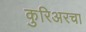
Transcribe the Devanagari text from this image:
कुरिअरचा